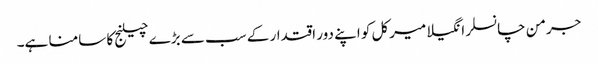
جرمن چانسلر انگیلا میرکل کو اپنے دور اقتدار کے سب سے بڑے چیلنج کا سامنا ہے۔